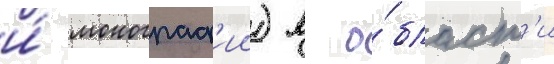
и́ монограф'ии) в о́бласт'и